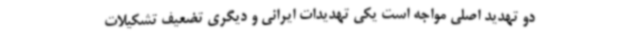
دو تهدید اصلی مواجه است یکی تهدیدات ایرانی و دیگری تضعیف تشکیلات